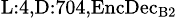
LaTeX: _{\textrm{L}:4,\textrm{D}:704,\textrm{EncDec}_{\textrm{B}2}}